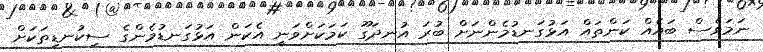
ނަމަވެސް ބައެއް ކަންތައް އަޅުގަނޑުމެންނަށް ބުރަ އުނދަގޫ ކަމަކަށްވަނީ އެކަން އަޅުގަނޑުމެންގެ ސިކުނޑިތަކަށް